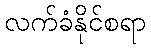
လက်ခံနိုင်စရာ